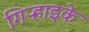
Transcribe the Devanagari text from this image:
गिऱ्हाइके